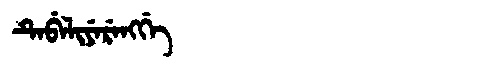
Manchu: ᡨᡝᠪᡝᠯᡳᠶᡝᡵᡝᠩᡤᡝ
Romanization: TEBELIYERENGGE